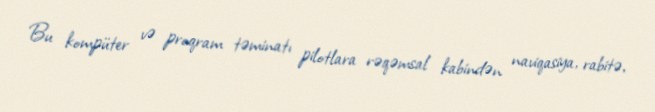
Bu kompüter və proqram təminatı pilotlara rəqəmsal kabindən naviqasiya, rabitə,